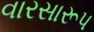
વારસારૂપ